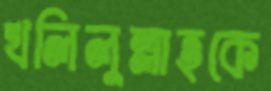
খলিলুল্লাহকে